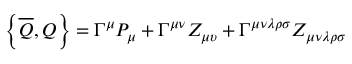
\left\{ \overline { { { Q } } } , Q \right\} = \Gamma ^ { \mu } P _ { \mu } + \Gamma ^ { \mu \nu } Z _ { \mu \upsilon } + \Gamma ^ { \mu \nu \lambda \rho \sigma } Z _ { \mu \nu \lambda \rho \sigma }